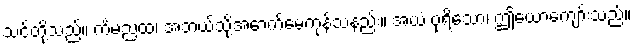
သင်တို့သည်။ ကိံမညထ၊ အဘယ်သို့အောက်မေ့ကုန်သနည်း။ အယံ ပုရိသော၊ ဤယောကျော်းသည်။